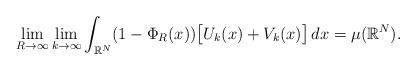
LaTeX: \begin{align*} \lim_{R\to \infty}\lim_{k\to \infty} \int_{\mathbb{R}^{N}}(1-\Phi_{R}(x))\big[ U_k(x)+V_k(x)\big]\,dx =\mu(\mathbb{R}^{N}). \end{align*}